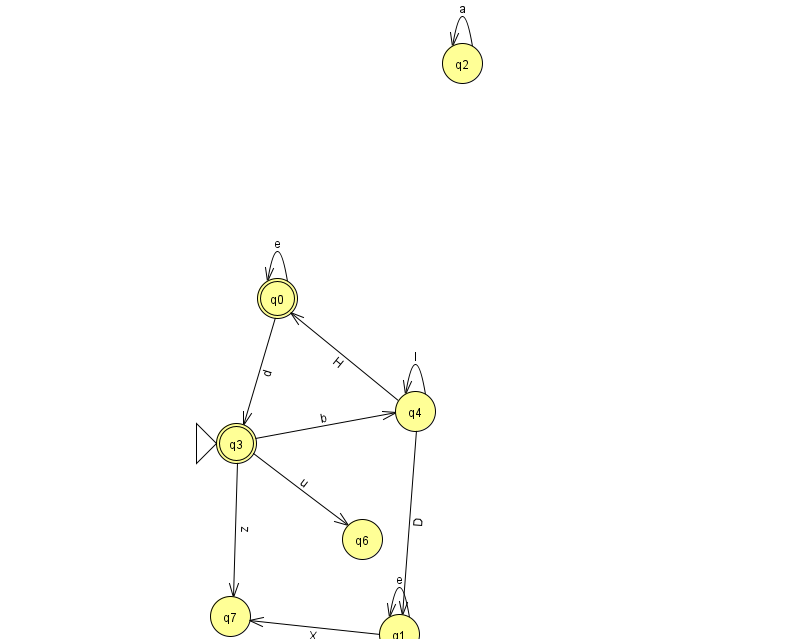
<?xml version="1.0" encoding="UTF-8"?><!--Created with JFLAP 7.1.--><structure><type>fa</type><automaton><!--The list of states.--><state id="0" name="q0"><x>277.0</x><y>285.0</y><final/></state><state id="1" name="q1"><x>399.0</x><y>621.0</y></state><state id="2" name="q2"><x>462.0</x><y>50.0</y></state><state id="3" name="q3"><x>236.0</x><y>430.0</y><initial/><final/></state><state id="4" name="q4"><x>415.0</x><y>398.0</y></state><state id="6" name="q6"><x>362.0</x><y>526.0</y></state><state id="7" name="q7"><x>230.0</x><y>603.0</y></state><!--The list of transitions.--><transition><from>2</from><to>2</to><read>a</read></transition><transition><from>4</from><to>0</to><read>H</read></transition><transition><from>3</from><to>4</to><read>b</read></transition><transition><from>0</from><to>0</to><read>e</read></transition><transition><from>1</from><to>1</to><read>e</read></transition><transition><from>1</from><to>7</to><read>X</read></transition><transition><from>3</from><to>6</to><read>u</read></transition><transition><from>3</from><to>7</to><read>z</read></transition><transition><from>4</from><to>1</to><read>D</read></transition><transition><from>4</from><to>4</to><read>I</read></transition><transition><from>0</from><to>3</to><read>d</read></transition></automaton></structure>